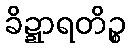
ခိဍ္ဍာရတိဉ္စ